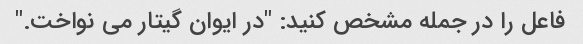
فاعل را در جمله مشخص کنید: "در ایوان گیتار می نواخت."